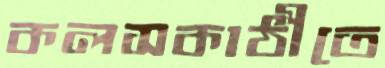
কলসকাঠীতে